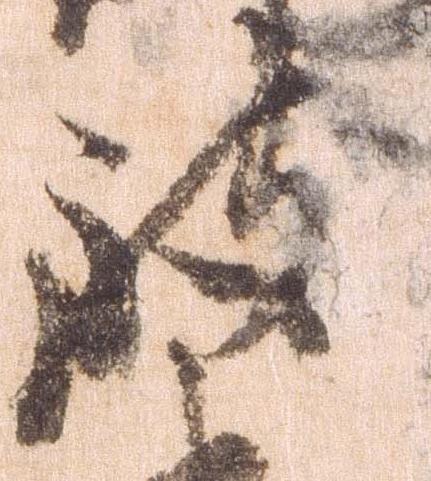
致